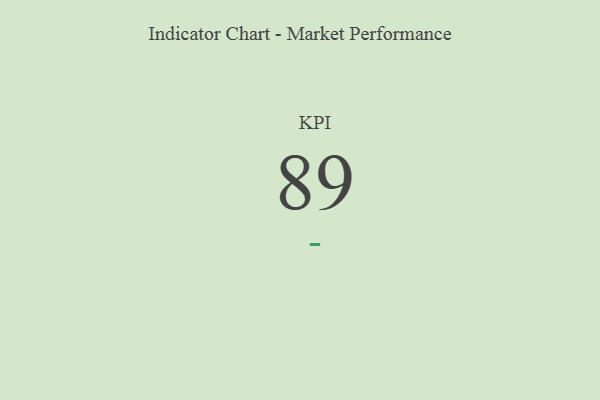
{"axis": {"x": "KPI", "y": "Value"}, "legend": [""], "data": [{"x": "KPI", "y": 89, "type": ""}]}